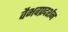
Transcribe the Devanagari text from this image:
वैभवप्रदर्शन